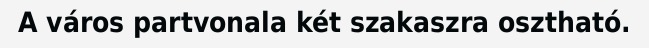
A város partvonala két szakaszra osztható.